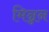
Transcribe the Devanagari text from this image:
मिन्नन